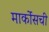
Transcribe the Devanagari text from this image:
मार्कोसची